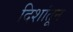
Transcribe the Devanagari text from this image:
दिशांतून